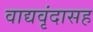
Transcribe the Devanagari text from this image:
वाद्यवृंदासह